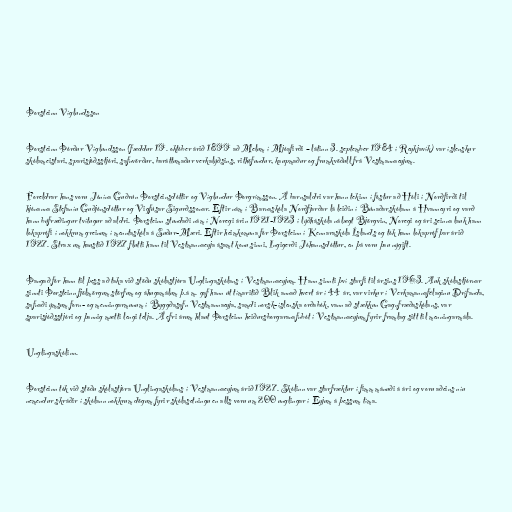
Þorsteinn Víglundsson

Þorsteinn Þórður Víglundsson (fæddur 19. október árið 1899 að Melum í Mjóafirði – látinn 3. september 1984 í Reykjavík) var íslenskur
skólameistari, sparisjóðsstjóri, safnvörður, baráttumaður verkalýðsins, rithöfundur, kaupmaður og frumkvöðull frá Vestmannaeyjum.

Foreldrar hans voru Jónína Guðrún Þorsteinsdóttir og Víglundur Þorgrímsson. Á barnsaldri var hann tekinn í fóstur að Hóli í Norðfirði til
hjónanna Stefaníu Guðjónsdóttur og Vigfúsar Sigurðssonar. Eftir nám í Barnaskóla Norðfjarðar lá leiðin í Búnaðarskólann á Hvanneyri og varð
hann búfræðingur tvítugur að aldri. Þorsteinn stundaði nám í Noregi árin 1921-1923 í lýðháskóla nálægt Björgvin, Noregi og ári seinna lauk hann
lokaprófi í nokkrum greinum í menntaskóla á Suður-Mæri. Eftir heimkomuna fór Þorsteinn í Kennaraskóla Íslands og tók hann lokapróf þar árið
1927. Strax um haustið 1927 flutti hann til Vestmannaeyja ásamt konu sinni, Ingigerði Jóhannsdóttur, en þá voru þau nýgift.

Þangað fór hann til þess að taka við stöðu skólastjóra Unglingaskólans í Vestmannaeyjum. Hann sinnti því starfi til ársins 1963. Auk skólastjórnar
sinnti Þorsteinn fjölmörgum störfum og áhugamálum þ.á m. gaf hann út tímaritið Blik annað hvert ár í 44 ár, var virkur í Verkamannafélaginu Drífanda,
safnaði ýmsum forn- og menningarmunum í Byggðasafn Vestmannaeyja, samdi norsk-íslenska orðabók, vann að stækkun Gagnfræðaskólans, var
sparisjóðsstjóri og þannig mætti lengi telja. Á efri árum hlaut Þorsteinn heiðursborgaranafnbót í Vestmannaeyjum fyrir framlag sitt til menningarmála.

Unglingaskólinn.

Þorsteinn tók við stöðu skólastjóra Unglingaskólans í Vestmannaeyjum árið 1927. Skólinn var starfræktur í fimm mánuði á ári og voru aðeins níu
nemendur skráðir í skólann nokkrum dögum fyrir skólasetningu en alls voru um 200 unglingar í Eyjum á þessum tíma.